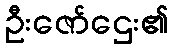
ဦးဇော်ဌေး၏